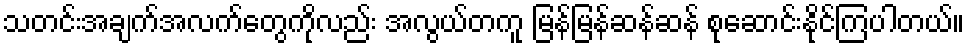
သတင်းအချက်အလက်တွေကိုလည်း အလွယ်တကူ မြန်မြန်ဆန်ဆန် စုဆောင်းနိုင်ကြပါတယ်။